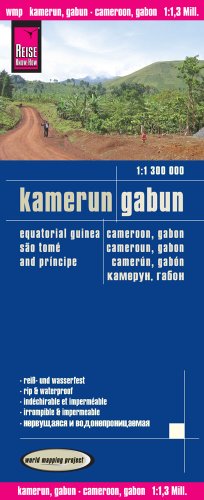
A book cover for Kamerun, Gabun = Cameroon, Gabon = Cameroun, Gabon = Camerun, Gabon; Reise Know-How Verlag; Travel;